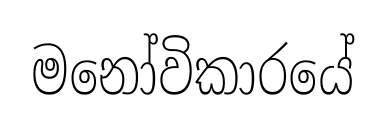
මනෝවිකාරයේ